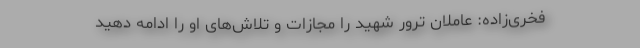
فخری‌زاده: عاملان ترور شهید را مجازات و تلاش‌های او را ادامه دهید